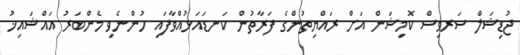
ޖުޑިޝަލް ސަރވިސް ކޮމިޝަން އަށް ރައްޔިތުންގެ ފަރާތުން ކަނޑައަޅުއްވާފައި ހުންނެވި މެންބަރު އައްޝައިޚު